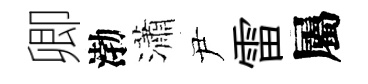
卿渤瀟尹雷屬